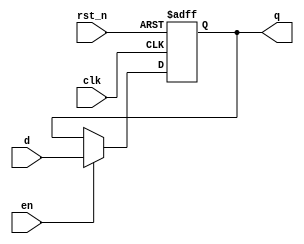
module dffre(
    clk,
    rst_n,
    en,
    d,
    q
);

parameter DATA_W = 8;

input               clk  ;
input               rst_n;
input               en   ;
input  [DATA_W-1:0] d    ;
output [DATA_W-1:0] q    ;

always@(posedge clk or negedge rst_n)
begin
    if(!rst_n)
        q <= {DATA_W{1'b0}};
    else if(en)
        q <= d ;
    else
        q <= q ;
end

endmodule